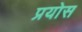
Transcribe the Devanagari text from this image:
प्रयोस